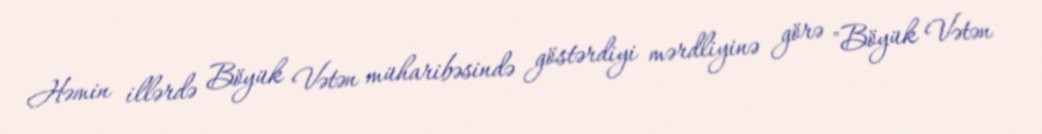
Həmin illərdə Böyük Vətən müharibəsində göstərdiyi mərdliyinə görə "Böyük Vətən